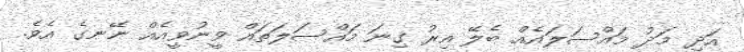
އަދި މަދު މައްސަލައެއް ބެލޭ އިރު ގިނަ މައްސަލަތައް ވީނުވީއެއް ނޭނގެ އެވެ.